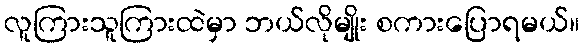
လူကြားသူကြားထဲမှာ ဘယ်လိုမျိုး စကားပြောရမယ်။